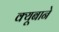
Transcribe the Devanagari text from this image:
क्यूबाने